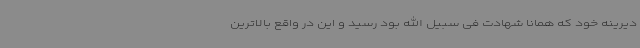
دیرینه خود که همانا شهادت فی سبیل الله بود رسید و این در واقع بالاترین